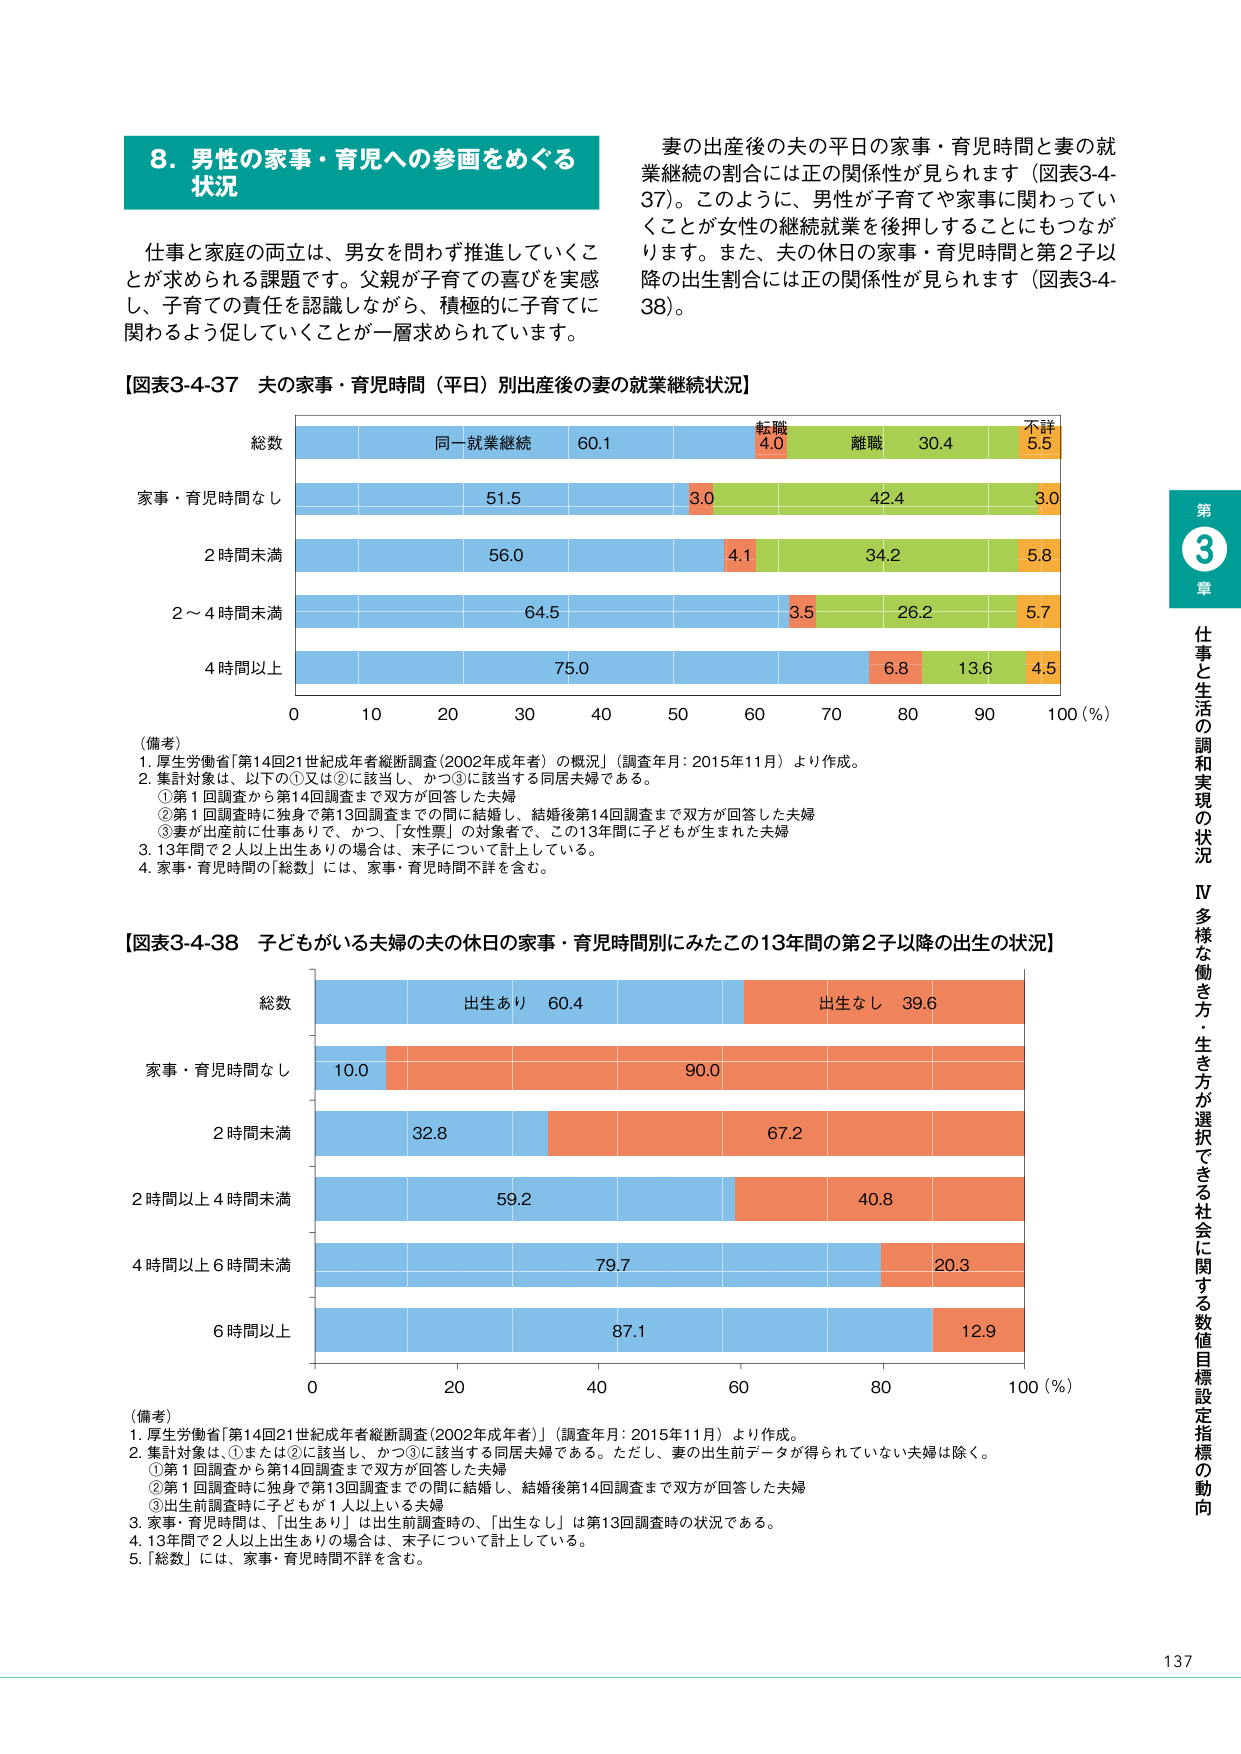
8. 男性の家事・育児への参画をめぐる状況

仕事と家庭の両立は、男女を問わず推進していくことが求められる課題です。父親が子育ての喜びを実感し、子育ての責任を認識しながら、積極的に子育てに関わるよう促していくことが一層求められています。

妻の出産後の夫の平日の家事・育児時間と妻の就業継続の割合には正の関係性が見られます（図表3-4-37）。このように、男性が子育てや家事に関わっていくことが女性の継続就業を後押しすることにもつながります。また、夫の休日の家事・育児時間と第2子以降の出生割合には正の関係性が見られます（図表3-4-38）。

【図表3-4-37 夫の家事・育児時間（平日）別出産後の妻の就業継続状況】

総数
同一就業継続 60.1 転職 4.0 離職 30.4 不詳 5.5
家事・育児時間なし 51.5 3.0 42.4 3.0
2時間未満 56.0 4.1 34.2 5.8
2～4時間未満 64.5 3.5 26.2 5.7
4時間以上 75.0 6.8 13.6 4.5
0 10 20 30 40 50 60 70 80 90 100 (%)

（備考）
1. 厚生労働省「第14回21世紀成年者縦断調査（2002年成年者）の概況」（調査年月：2015年11月）より作成。
2. 集計対象は、以下の①又は②に該当し、かつ③に該当する同居夫婦である。
　①第1回調査から第14回調査まで双方が回答した夫婦
　②第1回調査時に独身で第13回調査までの間に結婚し、結婚後第14回調査まで双方が回答した夫婦
　③妻が出産前に仕事ありで、かつ、「女性票」の対象者で、この13年間に子どもが生まれた夫婦
3. 13年間で2人以上出生ありの場合は、末子について計上している。
4. 家事・育児時間の「総数」には、家事・育児時間不詳を含む。

【図表3-4-38 子どもがいる夫婦の夫の休日の家事・育児時間別にみたこの13年間の第2子以降の出生の状況】

総数
出生あり 60.4 出生なし 39.6
家事・育児時間なし 10.0 90.0
2時間未満 32.8 67.2
2時間以上4時間未満 59.2 40.8
4時間以上6時間未満 79.7 20.3
6時間以上 87.1 12.9
0 20 40 60 80 100 (%)

（備考）
1. 厚生労働省「第14回21世紀成年者縦断調査（2002年成年者）」（調査年月：2015年11月）より作成。
2. 集計対象は、①または②に該当し、かつ③に該当する同居夫婦である。ただし、妻の出生前データが得られていない夫婦は除く。
　①第1回調査から第14回調査まで双方が回答した夫婦
　②第1回調査時に独身で第13回調査までの間に結婚し、結婚後第14回調査まで双方が回答した夫婦
　③出生前調査時に子どもが1人以上いる夫婦
3. 家事・育児時間は、「出生あり」は出生前調査時の、「出生なし」は第13回調査時の状況である。
4. 13年間で2人以上出生ありの場合は、末子について計上している。
5. 「総数」には、家事・育児時間不詳を含む。

第3章 仕事と生活の調和実現の状況
Ⅳ 多様な働き方・生き方が選択できる社会に関する数値目標設定指標の動向

137